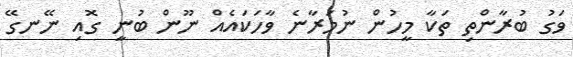
ވަގު ބުރާންތި ތަކާ މީހުން ނުމަރާނެ ވާހަކައެއް ނޫން ބުނީ ގޮއި ނޭނގޭ